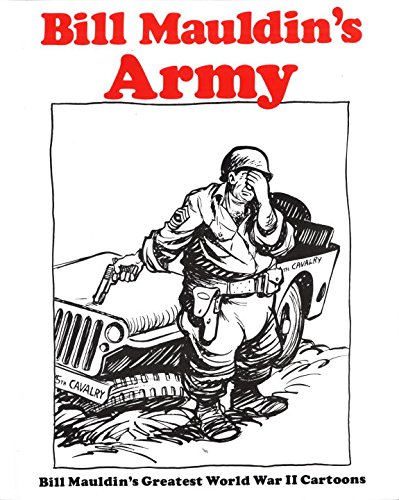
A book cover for Bill Mauldin's Army: Bill Mauldin's Greatest World War II Cartoons; Bill Mauldin; Arts & Photography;